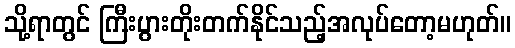
သို့ရာတွင် ကြီးပွားတိုးတက်နိုင်သည့်အလုပ်တော့မဟုတ်။